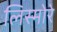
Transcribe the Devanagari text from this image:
लिस्मोरे